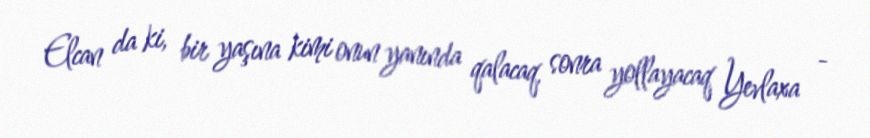
Elcan da ki, bir yaşına kimi onun yanında qalacaq, sonra yollayacaq Yevlaxa -